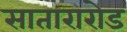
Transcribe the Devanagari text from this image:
सातारारोड